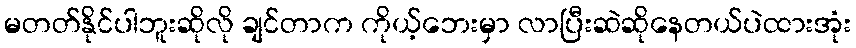
မတတ်နိုင်ပါဘူးဆိုလို ချင်တာက ကိုယ့်ဘေးမှာ လာပြီးဆဲဆိုနေတယ်ပဲထားအုံး